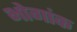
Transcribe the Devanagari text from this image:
भोगांक